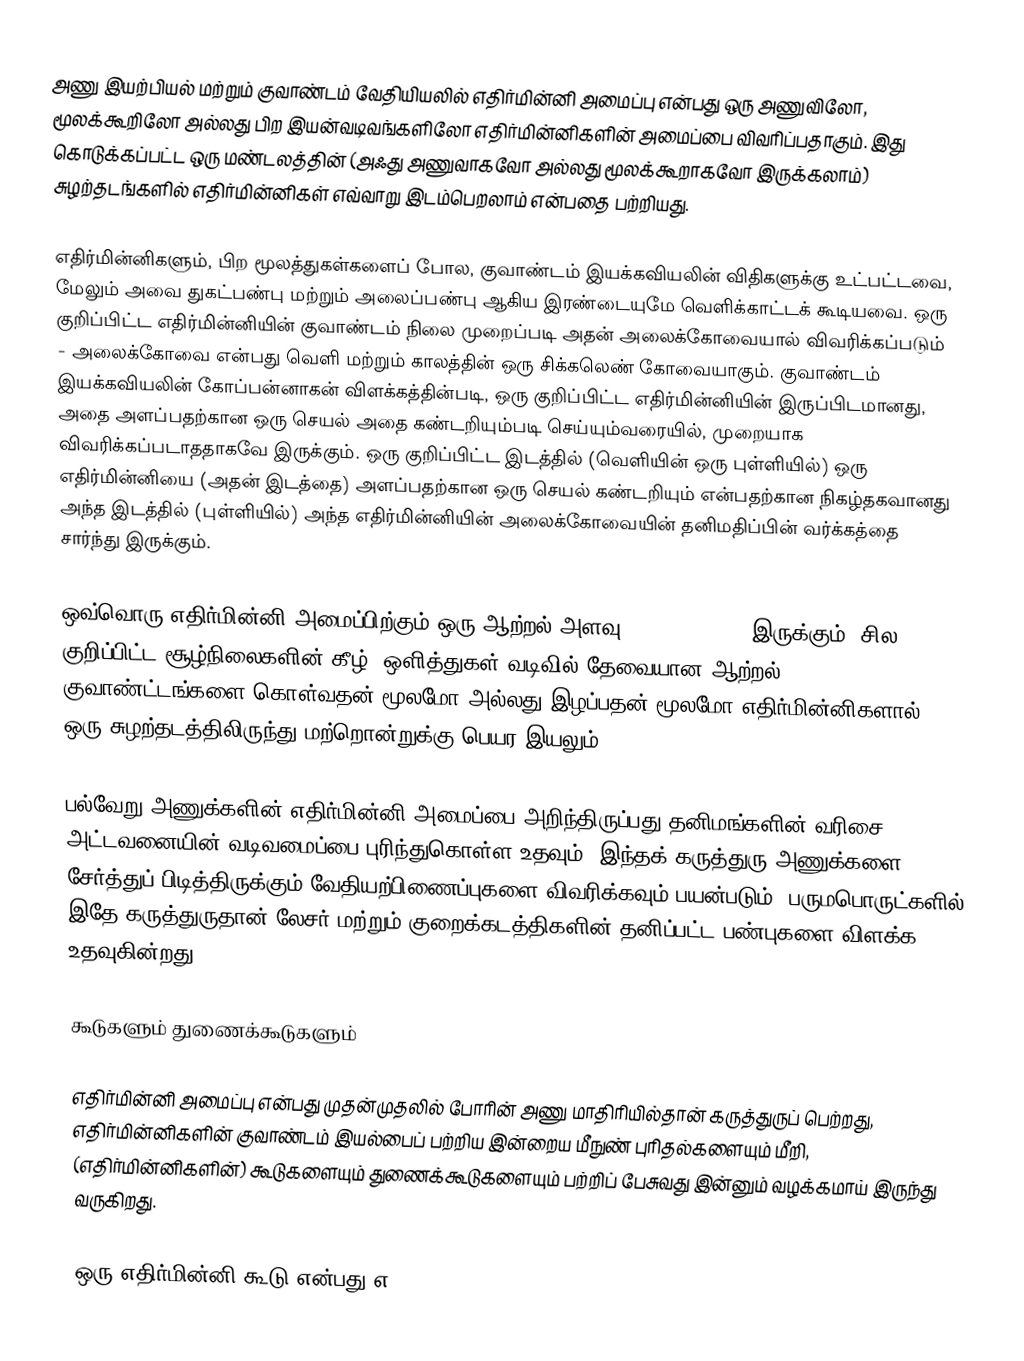
அணு இயற்பியல் மற்றும் குவாண்டம் வேதியியலில் எதிர்மின்னி அமைப்பு என்பது ஒரு அணுவிலோ, மூலக்கூறிலோ அல்லது பிற இயன்வடிவங்களிலோ எதிர்மின்னிகளின் அமைப்பை விவரிப்பதாகும். இது கொடுக்கப்பட்ட ஒரு மண்டலத்தின் (அஃது அணுவாகவோ அல்லது மூலக்கூறாகவோ இருக்கலாம்) சுழற்தடங்களில் எதிர்மின்னிகள் எவ்வாறு இடம்பெறலாம் என்பதை பற்றியது.

எதிர்மின்னிகளும், பிற மூலத்துகள்களைப் போல, குவாண்டம் இயக்கவியலின் விதிகளுக்கு உட்பட்டவை, மேலும் அவை துகட்பண்பு மற்றும் அலைப்பண்பு ஆகிய இரண்டையுமே வெளிக்காட்டக் கூடியவை. ஒரு குறிப்பிட்ட எதிர்மின்னியின் குவாண்டம் நிலை முறைப்படி அதன் அலைக்கோவையால் விவரிக்கப்படும் - அலைக்கோவை என்பது வெளி மற்றும் காலத்தின் ஒரு சிக்கலெண் கோவையாகும். குவாண்டம் இயக்கவியலின் கோப்பன்னாகன் விளக்கத்தின்படி, ஒரு குறிப்பிட்ட எதிர்மின்னியின் இருப்பிடமானது, அதை அளப்பதற்கான ஒரு செயல் அதை கண்டறியும்படி செய்யும்வரையில், முறையாக விவரிக்கப்படாததாகவே இருக்கும். ஒரு குறிப்பிட்ட இடத்தில் (வெளியின் ஒரு புள்ளியில்) ஒரு எதிர்மின்னியை (அதன் இடத்தை) அளப்பதற்கான ஒரு செயல் கண்டறியும் என்பதற்கான நிகழ்தகவானது அந்த இடத்தில் (புள்ளியில்) அந்த எதிர்மின்னியின் அலைக்கோவையின் தனிமதிப்பின் வர்க்கத்தை சார்ந்து இருக்கும்.

ஒவ்வொரு எதிர்மின்னி அமைப்பிற்கும் ஒரு ஆற்றல் அளவு (Energy level) இருக்கும், சில குறிப்பிட்ட சூழ்நிலைகளின் கீழ், ஒளித்துகள் வடிவில் தேவையான ஆற்றல் குவாண்ட்டங்களை கொள்வதன் மூலமோ அல்லது இழப்பதன் மூலமோ எதிர்மின்னிகளால் ஒரு சுழற்தடத்திலிருந்து மற்றொன்றுக்கு பெயர இயலும்.

பல்வேறு அணுக்களின் எதிர்மின்னி அமைப்பை அறிந்திருப்பது தனிமங்களின் வரிசை அட்டவனையின் வடிவமைப்பை புரிந்துகொள்ள உதவும். இந்தக் கருத்துரு அணுக்களை சேர்த்துப் பிடித்திருக்கும் வேதியற்பிணைப்புகளை விவரிக்கவும் பயன்படும். பருமபொருட்களில் இதே கருத்துருதான் லேசர் மற்றும் குறைக்கடத்திகளின் தனிப்பட்ட பண்புகளை விளக்க உதவுகின்றது.

கூடுகளும் துணைக்கூடுகளும்

எதிர்மின்னி அமைப்பு என்பது முதன்முதலில் போரின் அணு மாதிரியில்தான் கருத்துருப் பெற்றது, எதிர்மின்னிகளின் குவாண்டம் இயல்பைப் பற்றிய இன்றைய மீநுண் புரிதல்களையும் மீறி, (எதிர்மின்னிகளின்) கூடுகளையும் துணைக்கூடுகளையும் பற்றிப் பேசுவது இன்னும் வழக்கமாய் இருந்து வருகிறது.

ஒரு எதிர்மின்னி கூடு என்பது எ